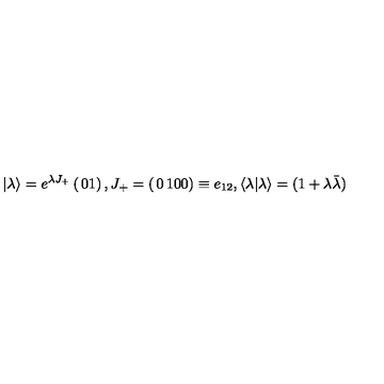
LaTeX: \vert \lambda \rangle = { e ^ { \lambda { J _ { + } } } } \left( \begin{matrix} { 0 } \\ { 1 } \\ \end{matrix} \right) , { J _ { + } } = \left( \begin{matrix} { 0 } & { 1 } \\ { 0 } & { 0 } \\ \end{matrix} \right) \equiv { e _ { 1 2 } } , \langle \lambda \vert \lambda \rangle = ( 1 + { \lambda } { \bar { \lambda } } )